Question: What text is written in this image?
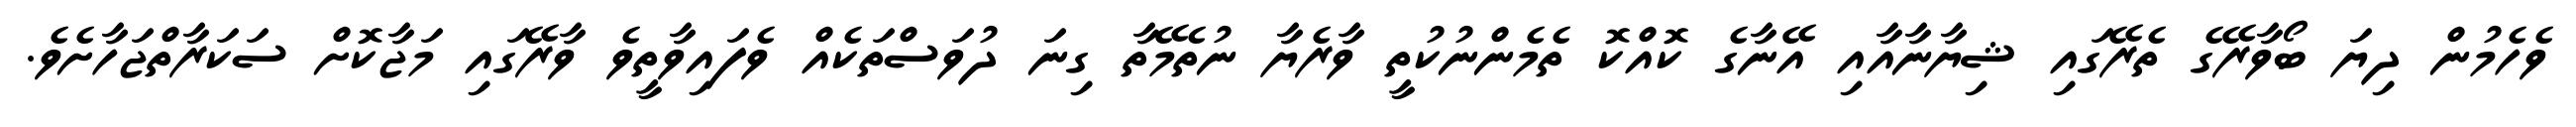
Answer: ވެހެމުން ދިޔަ ބޯވާރޭގެ ތެރޭގައި ޝިޔާނާއާއި އޭނާގެ ކޮއްކޮ ތެމެންނުކުތީ ވާރެޔާ ނުތެމޭތާ ގިނަ ދުވަސްތަކެއް ވެފައިވާތީވެ ވާރޭގައި މަޖާކޮށް ސަކަރާތްޖަހާށެވެ.